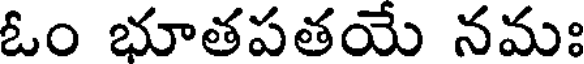
ఓం భూతపతయే నమః